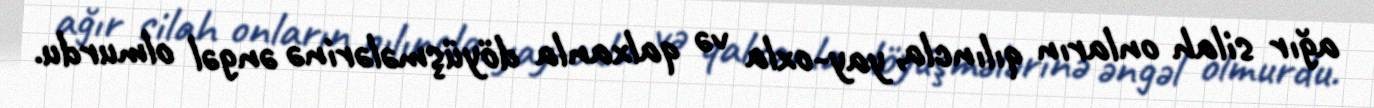
ağır silah onların qılıncla, yay-oxla və qalxanla döyüşmələrinə əngəl olmurdu.